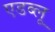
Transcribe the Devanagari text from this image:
एडब्लू